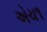
એચ૧